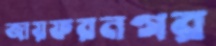
জায়ফরনগর